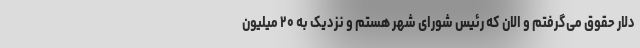
دلار حقوق می‌گرفتم و الان که رئیس شورای شهر هستم و نزدیک به ۲۰ میلیون